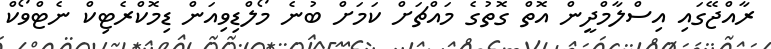
ރާއްޖޭގައި އިސްލާމްދީން އޮތް ގޮތުގެ މައްޗަށް ކަމަށް ބުނެ މޯލްޑިވިއަން ޑިމޮކްރެޓިކް ނެޓްވޯކް